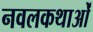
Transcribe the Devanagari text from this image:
नवलकथाओं